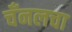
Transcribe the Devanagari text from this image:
चँनलचा